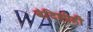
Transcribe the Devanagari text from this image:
बंदिशीही